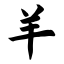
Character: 羊